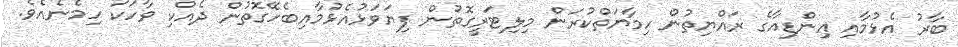
ބާރު އެޅުމާއި އިންޑިއާގެ ރައްޔިތުން ހިމާޔަތްކުރަން މިލިޓަރީގޮތުން ފިޔަވަޅުއެޅުމާއިބެހޭގޮތުން ދެއްކި ވާހަކަ ހިމެނެއެވެ.